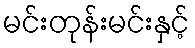
မင်းတုန်းမင်းနှင့်